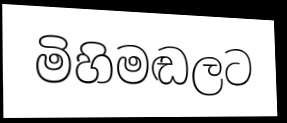
මිහිමඬලට